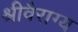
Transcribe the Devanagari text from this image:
श्रीवैराग्य